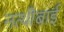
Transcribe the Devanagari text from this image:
नत्थीबाई